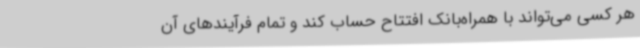
هر کسی می‌تواند با همراه‌بانک افتتاح حساب کند و تمام فرآیندهای آن